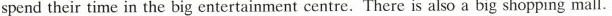
spend their time in the big entertainment centre. There is also a big shopping mall.